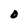
Character: O